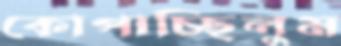
কোপাচ্ছিলুম